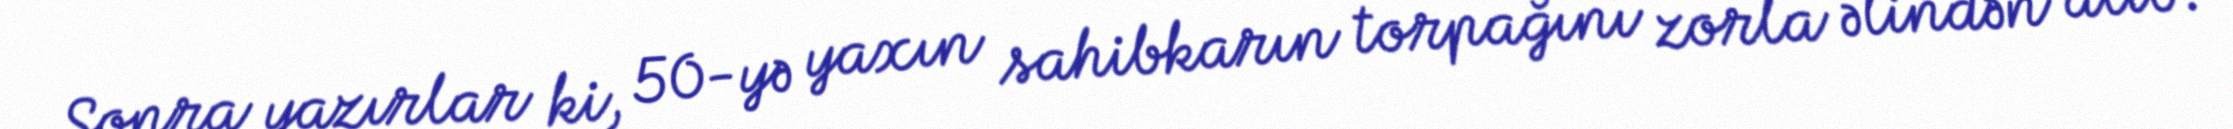
Sonra yazırlar ki, 50-yə yaxın sahibkarın torpağını zorla əlindən alıb.